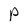
Character: P